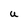
Character: U